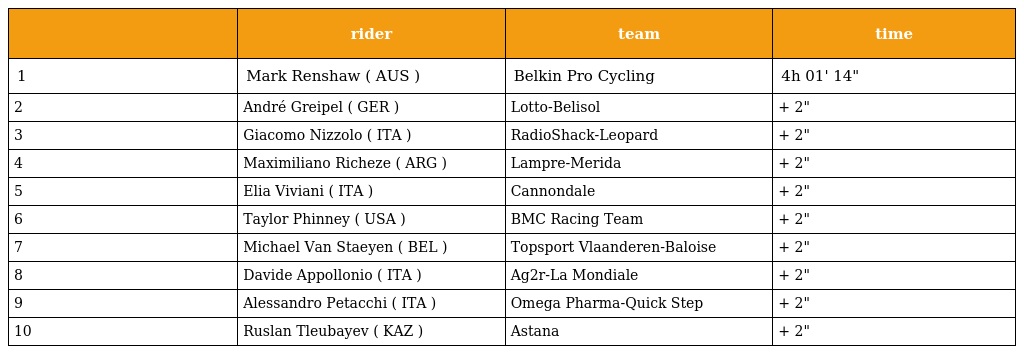
|  | rider | team | time |
 | --- | --- | --- | --- |
 | 1 | Mark Renshaw ( AUS ) | Belkin Pro Cycling | 4h 01' 14" |
 | 2 | André Greipel ( GER ) | Lotto-Belisol | + 2" |
 | 3 | Giacomo Nizzolo ( ITA ) | RadioShack-Leopard | + 2" |
 | 4 | Maximiliano Richeze ( ARG ) | Lampre-Merida | + 2" |
 | 5 | Elia Viviani ( ITA ) | Cannondale | + 2" |
 | 6 | Taylor Phinney ( USA ) | BMC Racing Team | + 2" |
 | 7 | Michael Van Staeyen ( BEL ) | Topsport Vlaanderen-Baloise | + 2" |
 | 8 | Davide Appollonio ( ITA ) | Ag2r-La Mondiale | + 2" |
 | 9 | Alessandro Petacchi ( ITA ) | Omega Pharma-Quick Step | + 2" |
 | 10 | Ruslan Tleubayev ( KAZ ) | Astana | + 2" |